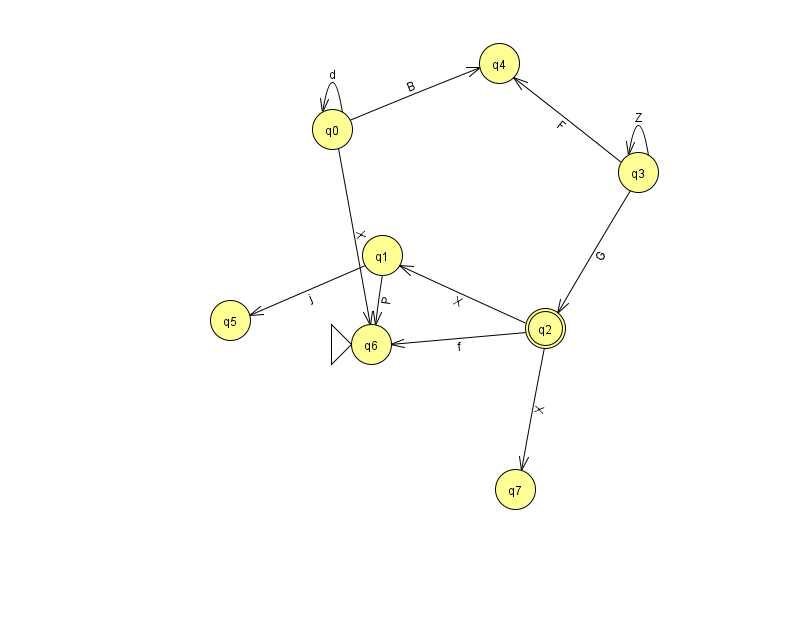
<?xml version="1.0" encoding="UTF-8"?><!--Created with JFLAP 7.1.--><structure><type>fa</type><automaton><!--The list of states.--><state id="0" name="q0"><x>332.0</x><y>116.0</y></state><state id="1" name="q1"><x>382.0</x><y>242.0</y></state><state id="2" name="q2"><x>545.0</x><y>315.0</y><final/></state><state id="3" name="q3"><x>638.0</x><y>159.0</y></state><state id="4" name="q4"><x>499.0</x><y>50.0</y></state><state id="5" name="q5"><x>230.0</x><y>307.0</y></state><state id="6" name="q6"><x>371.0</x><y>331.0</y><initial/></state><state id="7" name="q7"><x>515.0</x><y>476.0</y></state><!--The list of transitions.--><transition><from>2</from><to>7</to><read>X</read></transition><transition><from>0</from><to>6</to><read>X</read></transition><transition><from>2</from><to>1</to><read>X</read></transition><transition><from>0</from><to>0</to><read>d</read></transition><transition><from>2</from><to>6</to><read>f</read></transition><transition><from>3</from><to>2</to><read>G</read></transition><transition><from>1</from><to>6</to><read>P</read></transition><transition><from>3</from><to>3</to><read>Z</read></transition><transition><from>0</from><to>4</to><read>B</read></transition><transition><from>3</from><to>4</to><read>F</read></transition><transition><from>1</from><to>5</to><read>j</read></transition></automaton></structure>